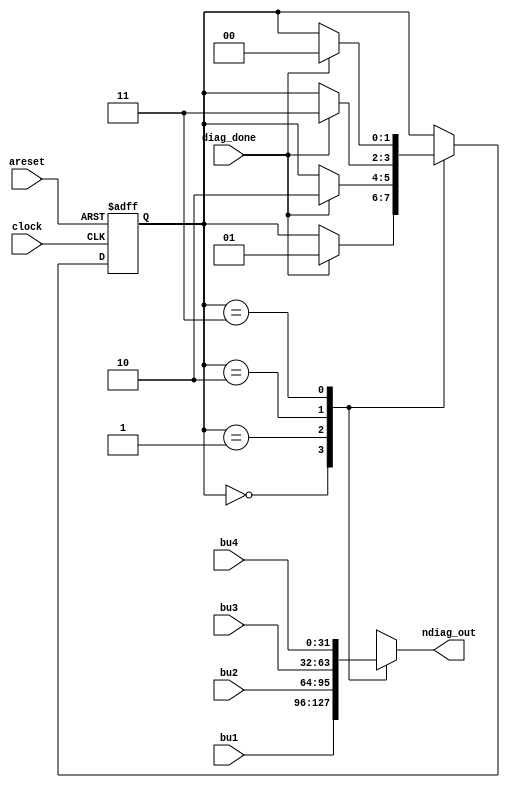
module control_ndiag_in (
		input clock,areset,diag_done,
		input [31:0] bu1,bu2,bu3,bu4,
		output reg [31:0] ndiag_out
	
	);

// parameter declarations
parameter sBU1 = 2'b00; // state labels and state encoding
parameter sBU2 = 2'b01;
parameter sBU3 = 2'b10;
parameter sBU4 = 2'b11;

// interal variables declaration section
reg [1:0] state, next_state;

// clocked procedure with assynchronous reset

always @ (posedge clock or posedge areset) begin
if (areset) // reset strategy
state <= sBU1;
else
state <= next_state;
end

// combinational procedure with case statement and output logic
always @ (state or diag_done or bu1 or bu2 or bu3 or bu4)
begin
	next_state <= state; // default assignment to state and output variables
		case (state)
		sBU1:
			begin
				ndiag_out <= bu1;
				if (diag_done) begin
					next_state <= sBU2;
				end
			end
		sBU2:
			begin
				ndiag_out <= bu2;
				if (diag_done) begin
					next_state <= sBU3;
				end
			end
		sBU3:
			begin
				ndiag_out <= bu3;
				if (diag_done) begin
					next_state <= sBU4;
				end
			end
		sBU4:
			begin
				ndiag_out <= bu4;
				if (diag_done) begin
					next_state <= sBU1;
				end
			end
		endcase
end
endmodule